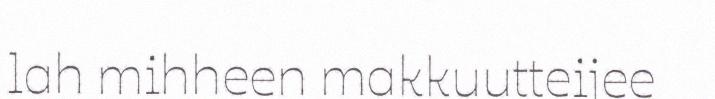
lah mihheen makkuutteijee